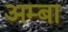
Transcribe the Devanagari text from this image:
अम्‍बा